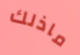
ماذلك